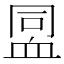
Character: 𧖳